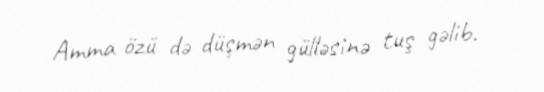
Amma özü də düşmən gülləsinə tuş gəlib.